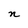
Character: n